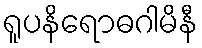
ရူပနိရောဓဂါမိနီ